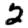
Digit: 2